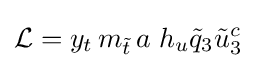
{\mathcal {L}}=y_{t}\,m_{\tilde {t}}\,a\;h_{u}{\tilde {q}}_{3}{\tilde {u}}_{3}^{c}